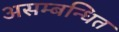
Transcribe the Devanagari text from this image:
असम्बन्धित